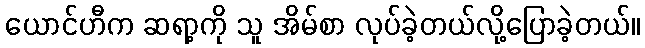
ယောင်ဟီက ဆရာ့ကို သူ အိမ်စာ လုပ်ခဲ့တယ်လို့ပြောခဲ့တယ်။